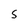
Character: S